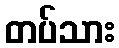
တပ်သား